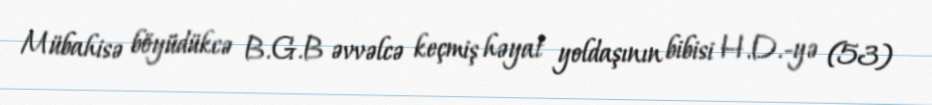
Mübahisə böyüdükcə B.G.B əvvəlcə keçmiş həyat yoldaşının bibisi H.D.-yə (53)